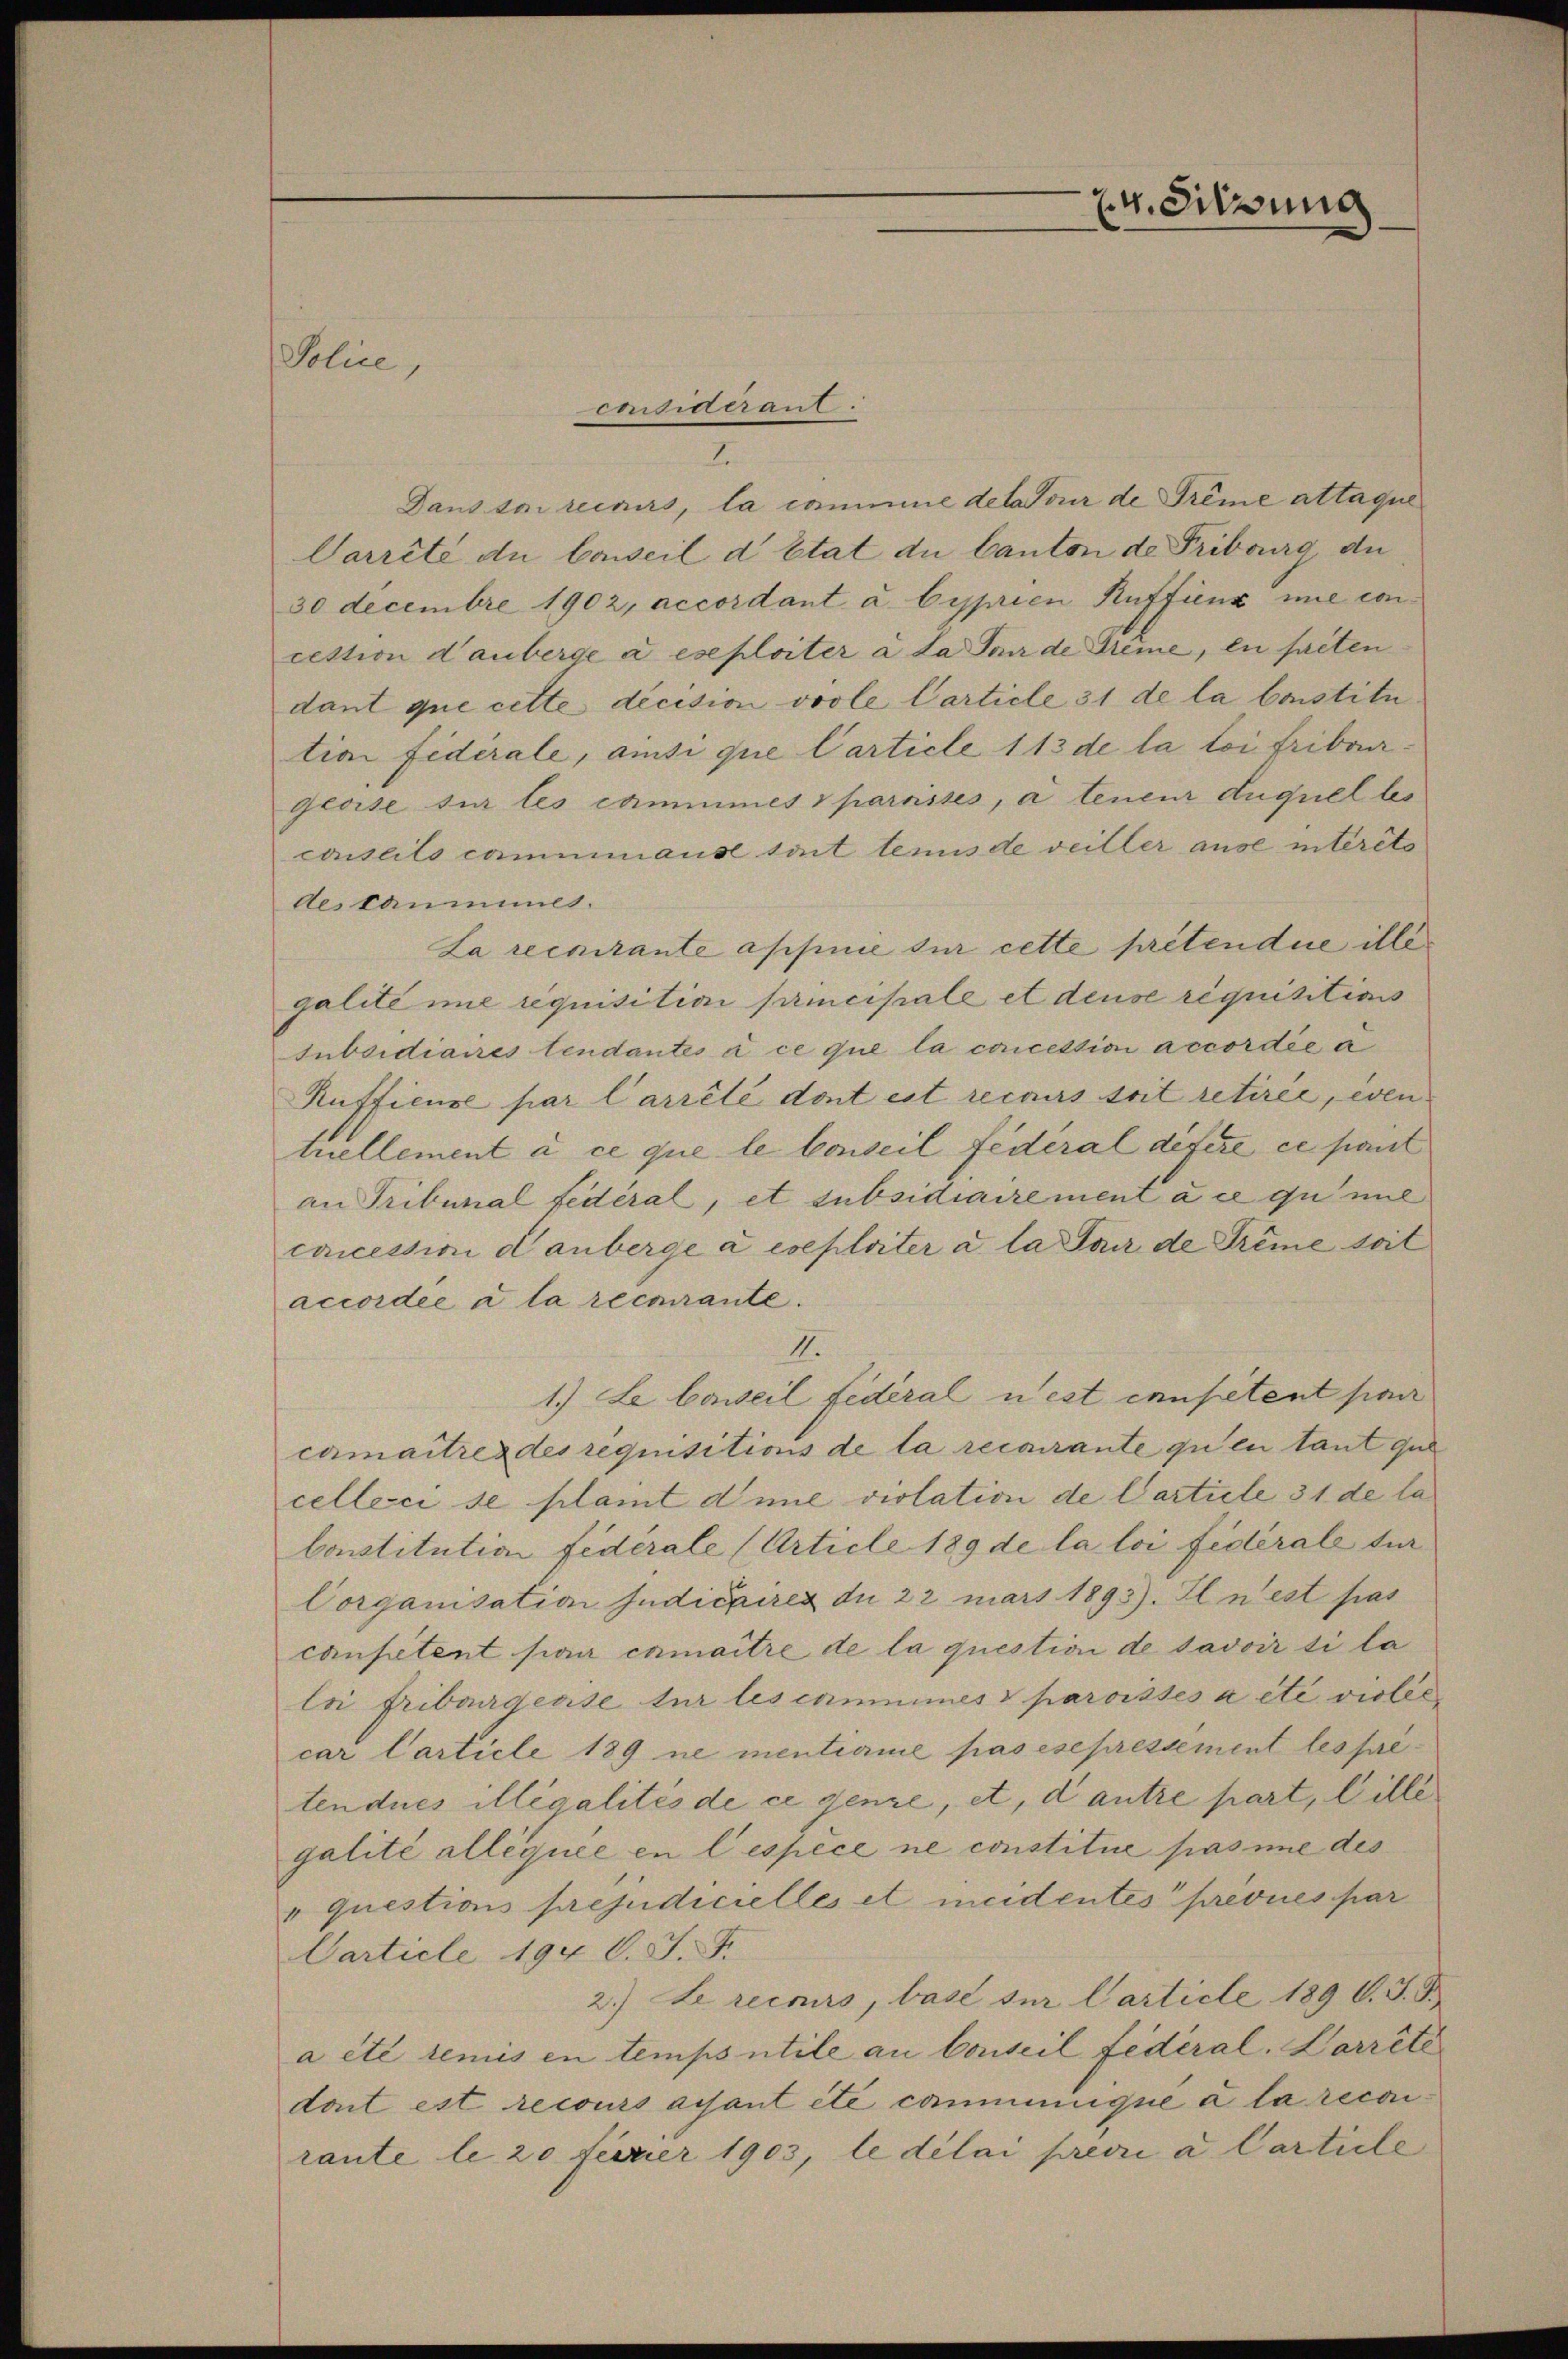
Police,

I.
Dans tar recours, la commine detateur de Prême attaque
Carrêté du Conseil d’Etat du Canton de Fribourg de
30 decembre 1902, accordant à Cyprien Ruffinz une con
cection dauberge a eseploiter à la der de dreine, en faiten
dant que cette decision vorle Carticle 31 de la boistitu
tion fidérale, ansi que Carticle 113 de la loi fribour
geoise sur les cammines Sparrisses, a teneur duquel les
conseils cammmause sont temis de veiller ause interets
destaumes.
La recurante apsinie sur cette prétendue illé
galité ime requisitia principale et dense requisitions
subsidiaires tendantes à ce que la concession accordée a
Rufficuse par Carrêté dont est recours soit retirée, even
tuellement à ce que le Conseil fédéral defere ce part
an Tribunal fédéral, et subsidiairement à ce qui mil
cancession danberge à exeploiter a la Sair de Trême soit
accordée à la recurante.
II.
1.) Le beweil Federal u est censetent par
cumaitrez des requisitions de la recurante zu en tant qu
celleci se plant die violation de Carticle 31 de la
Constitution fidérale (Article 189 de la loi fédérale tur
Corganisation Judicaires du 22 mars 1893). Il n’est pas
canpetent san cnmaitre de la question de savoir si la
loi friburgerise für les commines V paroisses a été violi
car Carticle 189 ne mentieme pas esepressement les prétendues illégalités de ce genze, et, d’autre part, Gilli
galité alléquée en lespèce ne constitue pas une des
" questions préjudicielles et meidentes prevues par
Carticle 194 C. J. F.
2.) Le recours, base ser Carticle 1890. J
a été remis en tempsutile an Conseil fédéral. Darrête
dont est recours assant été communique à la recon
raute le 20 Ferier 1903, le délai previ a Carticle

considerant:

4. Sitzung